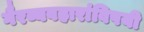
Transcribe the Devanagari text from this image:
गैरव्यवहारांविषयी